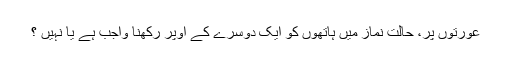
عورتوں پر، حالت نماز میں ہاتھوں کو ایک دوسرے کے اوپر رکھنا واجب ہے یا نہیں ؟